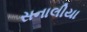
સનાલીયા